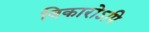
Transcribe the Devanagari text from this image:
विकारोऽपि